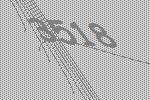
3518